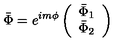
\bar { \Phi } = e ^ { i m \phi } \left( \begin{array} { c } { \bar { \Phi } _ { 1 } } \\ { \bar { \Phi } _ { 2 } } \\ \end{array} \right)